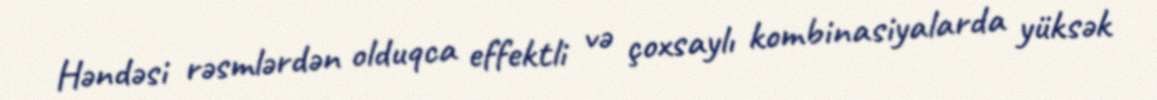
Həndəsi rəsmlərdən olduqca effektli və çoxsaylı kombinasiyalarda yüksək